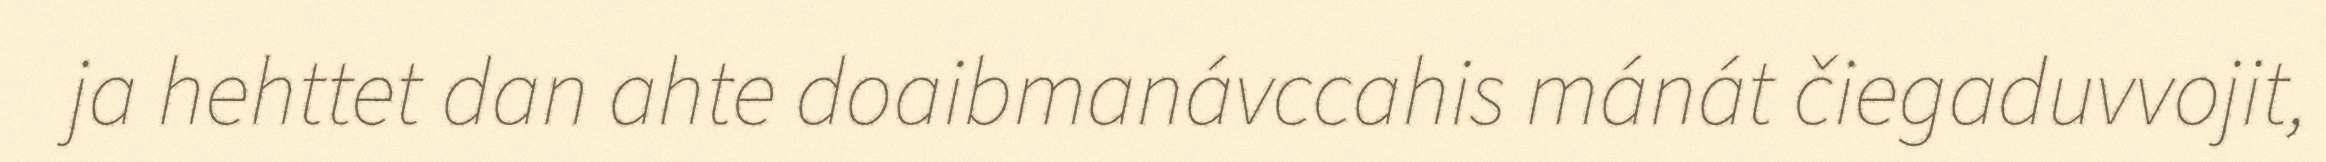
ja hehttet dan ahte doaibmanávccahis mánát čiegaduvvojit,